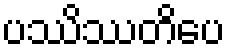
ပဿိဿတိပေ